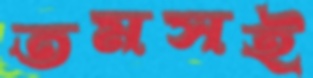
তমসই